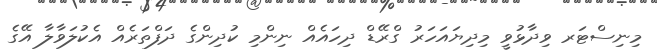
މިނިސްޓަރ ވިދާޅުވީ މިދިޔައަހަރު ގްރޭޑް ދިހައެއް ނިންމި ކުދިންގެ ދަފްތަރެއް އެކުލަވާލާ އޭގެ